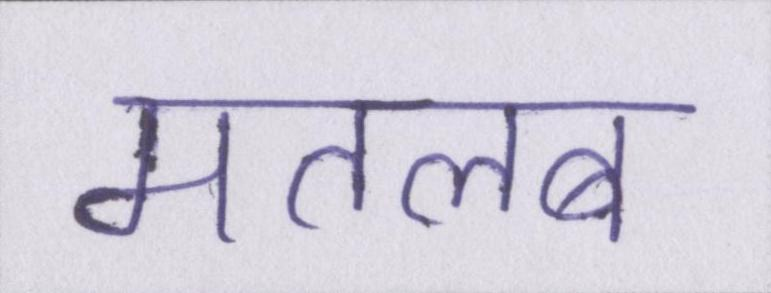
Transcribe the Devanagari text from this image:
मतलब